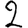
Digit: 2